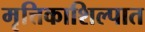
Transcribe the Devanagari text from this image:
मृत्तिकाशिल्पात